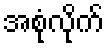
အစုံလိုက်